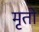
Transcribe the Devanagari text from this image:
मृतो